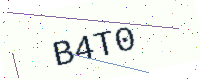
Text: B4T0